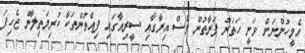
އެމީހުންނަށް ވަނީ ހަތަރު ފަރާތުން ވެސް އިރާގާއި ސީރިއާގައި ފިއްތުންތަކާ ކުރިމަތިލާން ޖެހިފަ